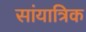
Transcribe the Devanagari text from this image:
सांयात्रिक